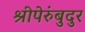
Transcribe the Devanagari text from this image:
श्रीपेरुंबुदुर